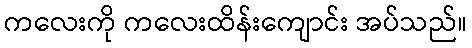
ကလေးကို ကလေးထိန်းကျောင်း အပ်သည်။